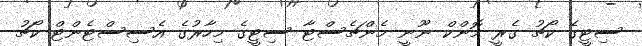
ސިޓީގެ ކޯޗު ގެރީ މޮންކް ނޫނީ މެންޗެސްޓާ ސިޓީގެ މިހާރުގެ އެސިސްޓެންޓް ކޯޗު